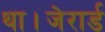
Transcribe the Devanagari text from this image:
था।जेरार्ड